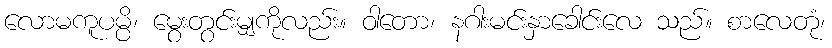
လောမကူပမ္ပိ၊ မွေးတွင်းမျှကိုလည်း။ ဝါတော၊ နဂါးမင်းနှာခေါင်းလေ သည်။ စာလေတုံ၊